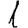
Digit: 1